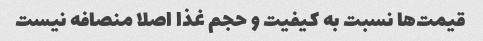
قیمت‌ها نسبت به کیفیت و حجم غذا اصلا منصافه نیست